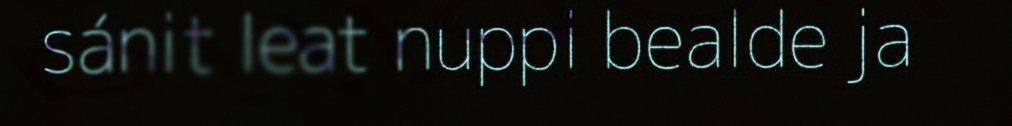
sánit leat nuppi bealde ja